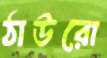
ঠাউরো